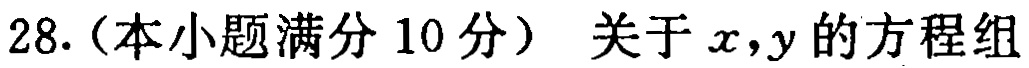
28.（本小题满分 10 分）关于\(x,y\)的方程组